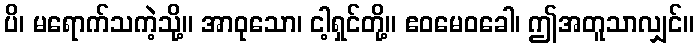
ပိ၊ မရောက်သကဲ့သို့။ အာဝုသော၊ ငါ့ရှင်တို့။ ဧဝမေဝခေါ၊ ဤအတူသာလျှင်။